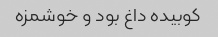
کوبیده داغ بود و خوشمزه